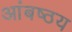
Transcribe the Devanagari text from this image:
आंबष्ठय